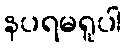
နပရမရူပါ